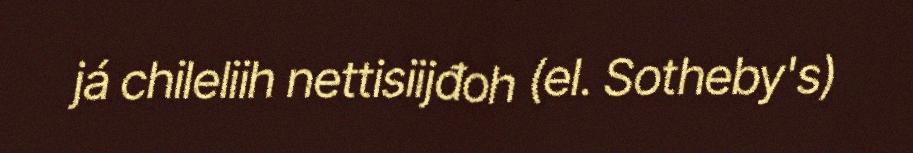
já chileliih nettisiijđoh (el. Sotheby's)